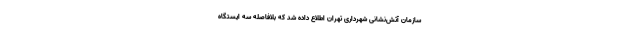
سازمان آتش‌نشانی شهرداری تهران اطلاع داده شد که بلافاصله سه ایستگاه